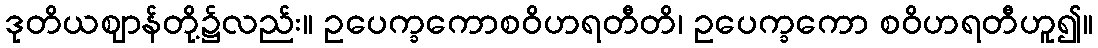
ဒုတိယဈာန်တို့၌လည်း။ ဥပေက္ခကောစဝိဟရတီတိ၊ ဥပေက္ခကော စဝိဟရတီဟူ၍။